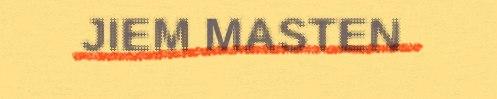
JIEM MASTEN